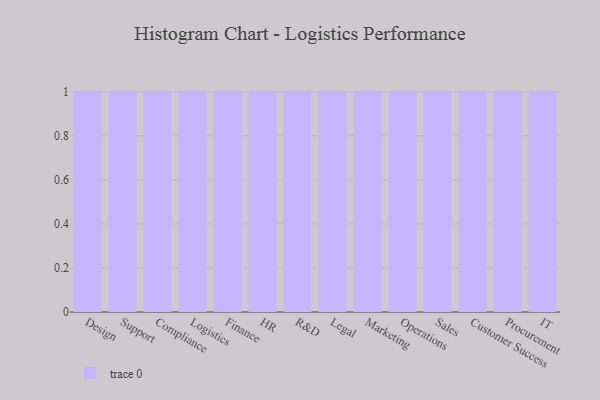
{"axis": {"x": "Department", "y": "Page Views"}, "legend": [""], "data": [{"x": "Design", "y": 40, "type": ""}, {"x": "Support", "y": 31, "type": ""}, {"x": "Compliance", "y": 15, "type": ""}, {"x": "Logistics", "y": 23, "type": ""}, {"x": "Finance", "y": 38, "type": ""}, {"x": "HR", "y": 34, "type": ""}, {"x": "R&D", "y": 21, "type": ""}, {"x": "Legal", "y": 83, "type": ""}, {"x": "Marketing", "y": 100, "type": ""}, {"x": "Operations", "y": 1, "type": ""}, {"x": "Sales", "y": 72, "type": ""}, {"x": "Customer Success", "y": 100, "type": ""}, {"x": "Procurement", "y": 59, "type": ""}, {"x": "IT", "y": 96, "type": ""}]}